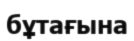
бұтағына